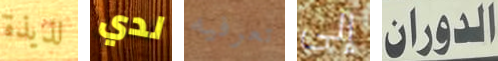
لذيذة لدي تعرفيه إلى الدوران